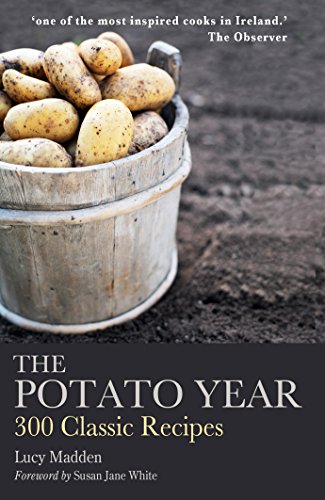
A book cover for The Potato Year: 300 Classic Recipes; Lucy Madden; Cookbooks, Food & Wine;